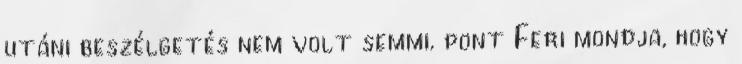
utáni beszélgetés nem volt semmi. pont Feri mondja, hogy